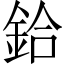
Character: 鉿